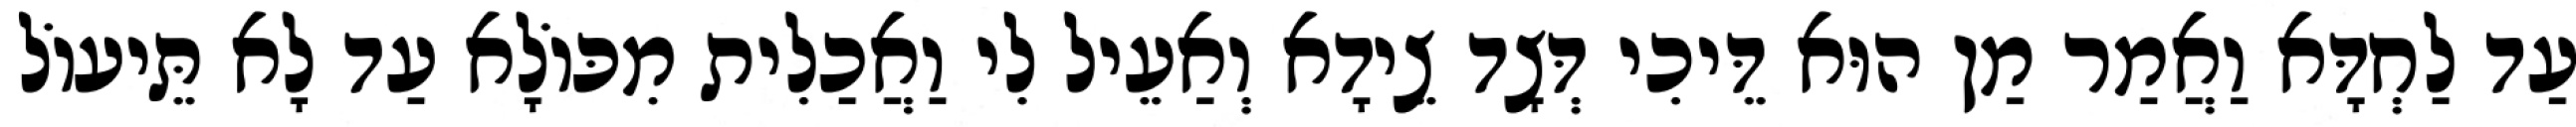
עַד לַחְדָּא וַאֲמַר מַן הוּא דֵּיכִי דְּצָד צֵידָא וְאַעֵיל לִי וַאֲכַלִית מִכּוֹלָא עַד לָא תֵּיעוֹל